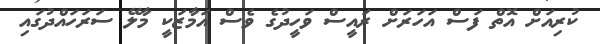
ކުރިއަށް އޮތް ފަސް އަހަރަށް ރައީސް ވަހީދުގެ ވެސް އަމާޒަކީ މާލޭ ސަރަހައްދުގައި